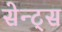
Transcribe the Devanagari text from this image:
सेन्ट्स